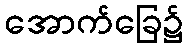
အောက်ခြေ၌